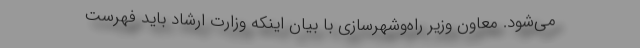
می‌شود. معاون وزیر راه‌وشهرسازی با بیان اینکه وزارت ارشاد باید فهرست